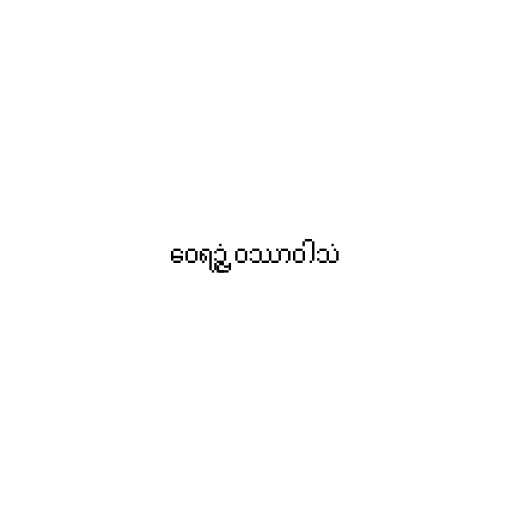
ဝေရဉ္ဇံ ဝဿာဝါသံ